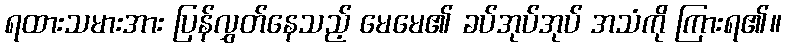
ရထားသမားအား ပြန်လွှတ်နေသည့် မေမေ၏ ခပ်အုပ်အုပ် အသံကို ကြားရ၏။